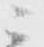
ニ